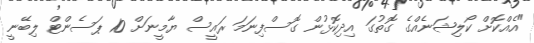
"އެއްކޮށް ކޯލިޝަނެއްގެ ގޮތުގަ އިދިކޮޅުން ގޮސްފިނަމަ ރައީސް ޔާމީނަށް 10 ޕަސެންޓް ލިބޭނީ